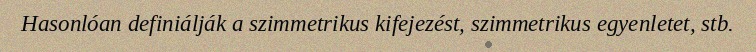
Hasonlóan definiálják a szimmetrikus kifejezést, szimmetrikus egyenletet, stb.